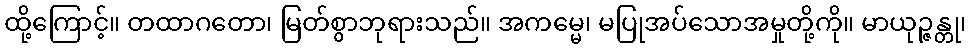
ထို့ကြောင့်။ တထာဂတော၊ မြတ်စွာဘုရားသည်။ အကမ္မေ၊ မပြုအပ်သောအမှုတို့ကို။ မာယုဉ္ဇန္တု၊